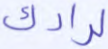
لرادك